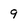
Character: 9